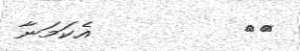
١٨         އެކަމަނާ